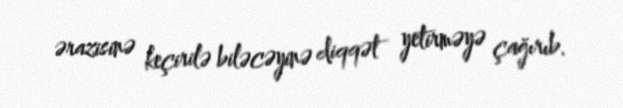
ərazisinə keçirilə biləcəyinə diqqət yetirməyə çağırıb.